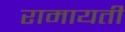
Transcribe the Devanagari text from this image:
रामायती